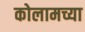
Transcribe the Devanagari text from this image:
कोलामच्या